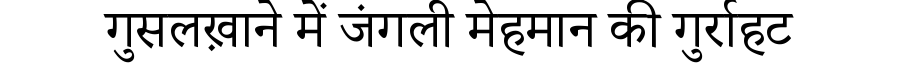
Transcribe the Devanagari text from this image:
गुसलख़ाने में जंगली मेहमान की गुर्राहट